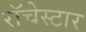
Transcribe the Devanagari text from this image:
रॉचेस्टार